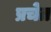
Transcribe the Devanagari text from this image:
प्रचेत